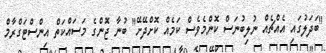
"ބަދަލުގައި އެއްޗެއް ނުލިބުނަސް ކޮންމެވެސް ކަމެއް ކޮށްދޭށޭ" ބުނާ ޖޮންގެ މަސައްކަތް އިންސްޓަގްރާމް